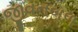
જીવનબળ